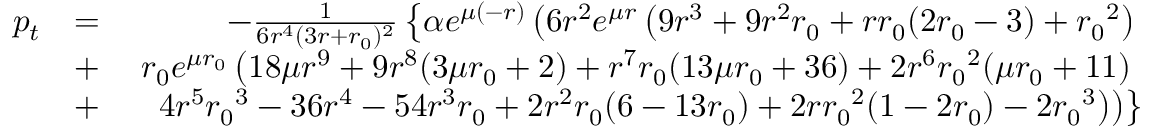
\begin{array} { r l r } { p _ { t } } & { = } & { - \frac { 1 } { 6 r ^ { 4 } ( 3 r + { r _ { 0 } } ) ^ { 2 } } \left\lbrace \alpha e ^ { \mu ( - r ) } \left( 6 r ^ { 2 } e ^ { \mu r } \left( 9 r ^ { 3 } + 9 r ^ { 2 } { r _ { 0 } } + r { r _ { 0 } } ( 2 { r _ { 0 } } - 3 ) + { r _ { 0 } } ^ { 2 } \right) \right. \right. } \\ & { + } & { \left. \left. { r _ { 0 } } e ^ { \mu { r _ { 0 } } } \left( 1 8 \mu r ^ { 9 } + 9 r ^ { 8 } ( 3 \mu { r _ { 0 } } + 2 ) + r ^ { 7 } { r _ { 0 } } ( 1 3 \mu { r _ { 0 } } + 3 6 ) + 2 r ^ { 6 } { r _ { 0 } } ^ { 2 } ( \mu { r _ { 0 } } + 1 1 ) \right. \right. \right. } \\ & { + } & { \left. \left. \left. 4 r ^ { 5 } { r _ { 0 } } ^ { 3 } - 3 6 r ^ { 4 } - 5 4 r ^ { 3 } { r _ { 0 } } + 2 r ^ { 2 } { r _ { 0 } } ( 6 - 1 3 { r _ { 0 } } ) + 2 r { r _ { 0 } } ^ { 2 } ( 1 - 2 { r _ { 0 } } ) - 2 { r _ { 0 } } ^ { 3 } \right) \right) \right\rbrace } \end{array}